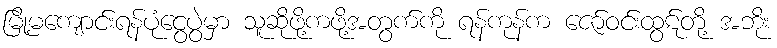
မြို့မကျောင်းရန်ပုံငွေပွဲမှာ သူဆိုဖို့ကဖို့အတွက်ကို ရန်ကုန်က ဇော်ဝင်းထွဋ်တို့ အဘိုး